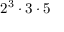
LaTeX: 2 ^ { 3 } \cdot 3 \cdot 5